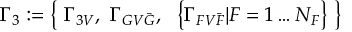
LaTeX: \Gamma _ { 3 } : = \left\{ \, \, \Gamma _ { 3 V } , \, \, \Gamma _ { G V { \bar { G } } } , \, \, \, \, \left\{ \Gamma _ { F V { \bar { F } } } | F = 1 \ldots N _ { F } \right\} \, \, \right\}